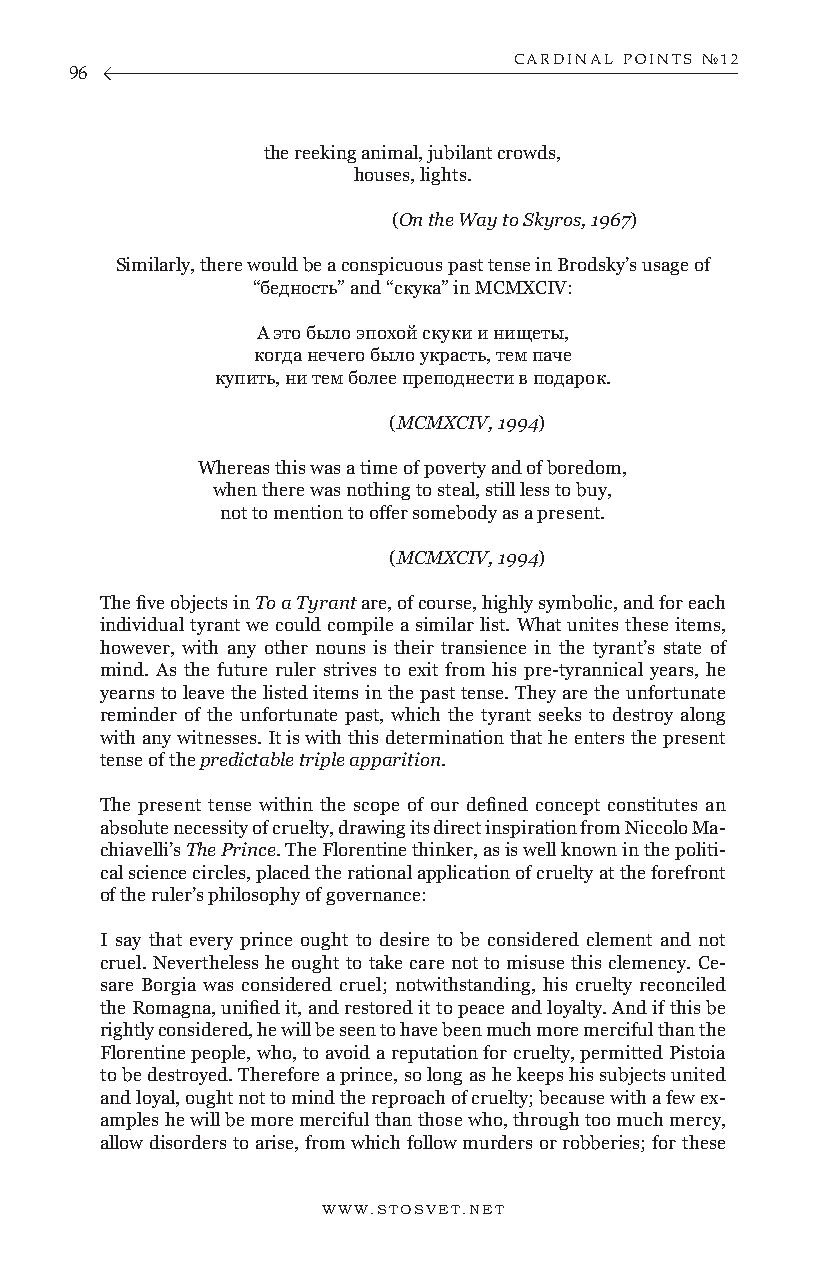
CARDINAL POINTS №12
 96
 the reeking animal, jubilant crowds,
 houses, lights.
 (On the Way to Skyros, 1967)
 Similarly, there would be a conspicuous past tense in Brodsky’s usage of
 “бедность” and “скука” in MCMXCIV:
 А это было эпохой скуки и нищеты,
 когда нечего было украсть, тем паче
 купить, ни тем более преподнести в подарок.
 (MCMXCIV, 1994)
 Whereas this was a time of poverty and of boredom,
 when there was nothing to steal, still less to buy,
 not to mention to offer somebody as a present.
 (MCMXCIV, 1994)
 The five objects in To a Tyrant are, of course, highly symbolic, and for each
 individual tyrant we could compile a similar list. What unites these items,
 however, with any other nouns is their transience in the tyrant’s state of
 mind. As the future ruler strives to exit from his pre-tyrannical years, he
 yearns to leave the listed items in the past tense. They are the unfortunate
 reminder of the unfortunate past, which the tyrant seeks to destroy along
 with any witnesses. It is with this determination that he enters the present
 tense of the predictable triple apparition.
 The present tense within the scope of our defined concept constitutes an
 absolute necessity of cruelty, drawing its direct inspiration from Niccolo Ma-
 chiavelli’s The Prince. The Florentine thinker, as is well known in the politi-
 cal science circles, placed the rational application of cruelty at the forefront
 of the ruler’s philosophy of governance:
 I say that every prince ought to desire to be considered clement and not
 cruel. Nevertheless he ought to take care not to misuse this clemency. Ce-
 sare Borgia was considered cruel; notwithstanding, his cruelty reconciled
 the Romagna, unified it, and restored it to peace and loyalty. And if this be
 rightly considered, he will be seen to have been much more merciful than the
 Florentine people, who, to avoid a reputation for cruelty, permitted Pistoia
 to be destroyed. Therefore a prince, so long as he keeps his subjects united
 and loyal, ought not to mind the reproach of cruelty; because with a few ex-
 amples he will be more merciful than those who, through too much mercy,
 allow disorders to arise, from which follow murders or robberies; for these
 WWW.STOSVET.NET                                        WWW.STOSVET.NET